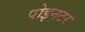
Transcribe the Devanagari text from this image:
पोइनटर